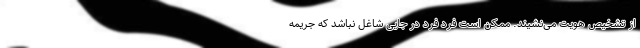
از تشخیص هویت می‌نشیند. ممکن است فرد فرد در جایی شاغل نباشد که جریمه